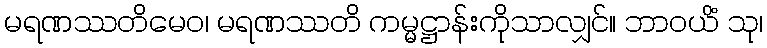
မရဏဿတိမေဝ၊ မရဏဿတိ ကမ္မဋ္ဌာန်းကိုသာလျှင်။ ဘာဝယိံ သု၊